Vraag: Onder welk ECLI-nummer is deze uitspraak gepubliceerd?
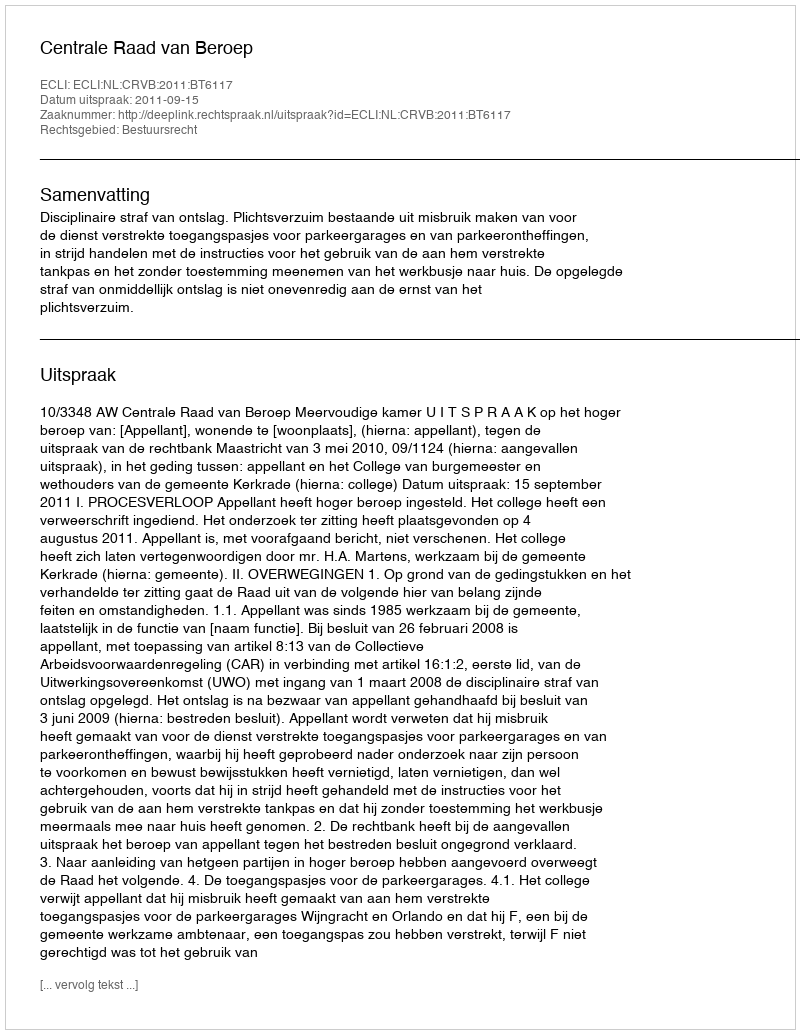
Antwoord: ECLI:NL:CRVB:2011:BT6117